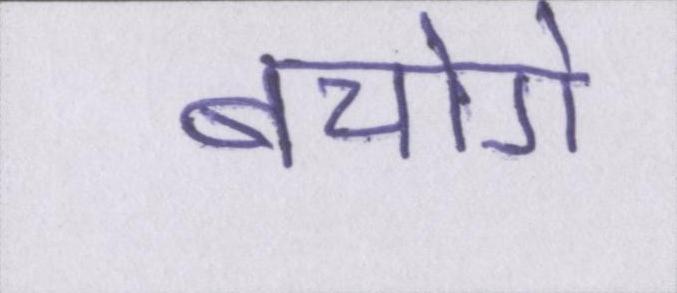
बचोगे